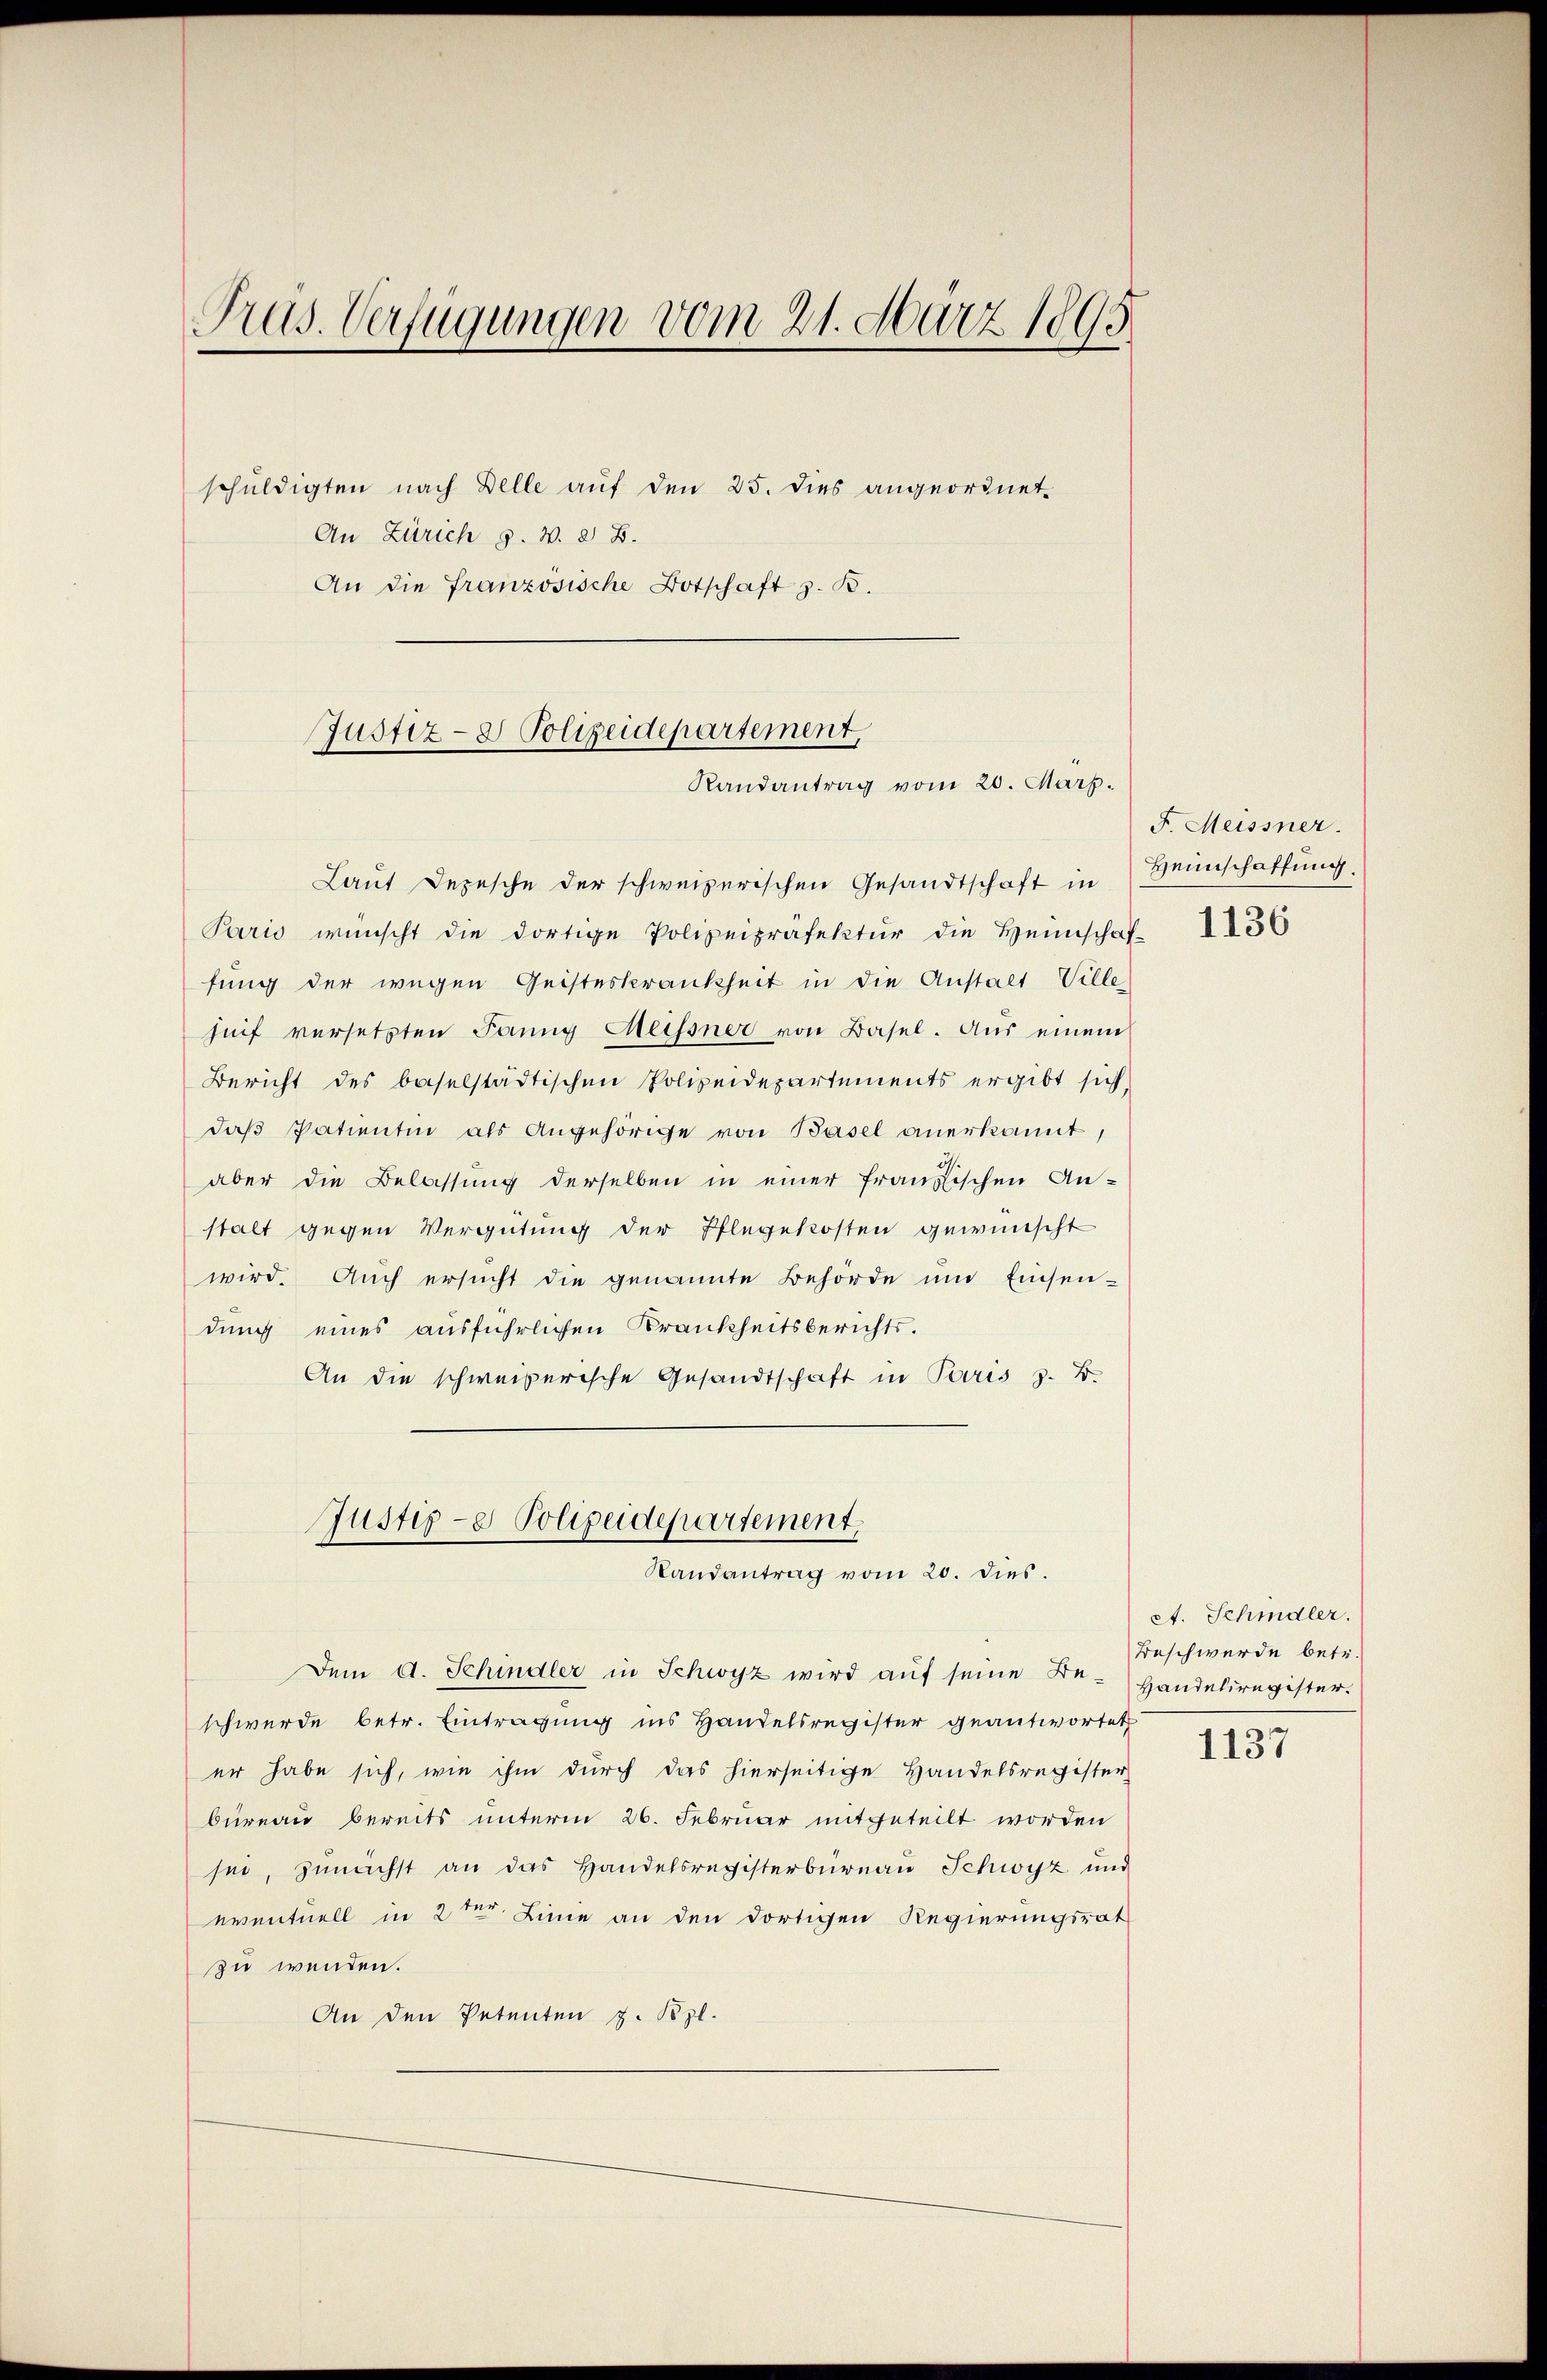
Präs. Verfügungen vom 21. März 1895
schuldigten nach Delle auf den 25. dies angeordnet.
An Zürich 9. W. 2 B.
An die französische Botschaft z. B.

Justiz- & Polizeidepartement,

Randantrag vom 20. Mart.

Laut Depesche der schweizerischen Gesandtschaft in Heinschaffung
Paris wünscht die dortige Polizeipräfektur die Heimschaf-
fung der wegen Geisteskrankheit in die Anstalt Ville
fünf versetzten Jannig Geissner von Basel. Aus einem
Bericht des baselstädtischen Polizeidepartements ergibt sich
daß Patientin als Angehörige von Basel anerkannt,
aber die Belassung derselben in einer franzischen An-
stalt gegen Vergütung der Pflegekosten gewünscht
wird. Auch ersucht die genannte Behörde und Einsendung eines ausführlichen Krankheitsberichts¬
An die schweizerische Gesandtschaft in Paris z. B.
Justiz- & Polizeidepartement
Randantrag vom 20. dies.
Dem A. Schindler in Schwyz wird auf seine Be-
schwerde betr. Eintragung ins Handelsregister geantwortet
er habe sich, wie ihm durch das hierseitige Handelsregister
bureau bereits unterm 26. Februar mitgeteilt worden
sei, zunächst an das Handelsregisterbüreau Schwyz um
eventuell in 2ter Linie an den dortigen Regierungsrat
zu wenden.
An den Petenten z. Bzl.

F. Meissner.

1136

A. Schindler.
Beschwerde betr.
Handelsregister.

1137